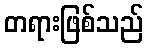
တရားဖြစ်သည်